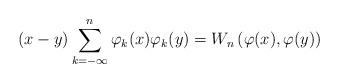
LaTeX: \begin{align*} (x-y)\sum_{k=-\infty}^{n}\varphi_{k}(x)\varphi_{k}(y)=W_{n}\left(\varphi(x),\varphi(y)\right) \end{align*}